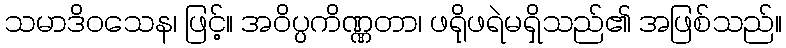
သမာဒိဝသေန၊ ဖြင့်။ အဝိပ္ပကိဏ္ဏတာ၊ ဖရိုဖရဲမရှိသည်၏ အဖြစ်သည်။